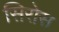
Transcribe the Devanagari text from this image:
सिरोस